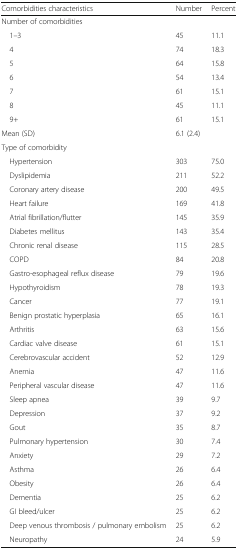
<table><thead><tr><td><b>Comorbidities characteristics</b></td><td><b>Number</b></td><td><b>Percent</b></td></tr></thead><tbody><tr><td colspan="3">Number of comorbidities</td></tr><tr><td> 1–3</td><td>45</td><td>11.1</td></tr><tr><td> 4</td><td>74</td><td>18.3</td></tr><tr><td> 5</td><td>64</td><td>15.8</td></tr><tr><td> 6</td><td>54</td><td>13.4</td></tr><tr><td> 7</td><td>61</td><td>15.1</td></tr><tr><td> 8</td><td>45</td><td>11.1</td></tr><tr><td> 9+</td><td>61</td><td>15.1</td></tr><tr><td>Mean (SD)</td><td>6.1 (2.4)</td><td></td></tr><tr><td colspan="3">Type of comorbidity</td></tr><tr><td> Hypertension</td><td>303</td><td>75.0</td></tr><tr><td> Dyslipidemia</td><td>211</td><td>52.2</td></tr><tr><td> Coronary artery disease</td><td>200</td><td>49.5</td></tr><tr><td> Heart failure</td><td>169</td><td>41.8</td></tr><tr><td> Atrial fibrillation/flutter</td><td>145</td><td>35.9</td></tr><tr><td> Diabetes mellitus</td><td>143</td><td>35.4</td></tr><tr><td> Chronic renal disease</td><td>115</td><td>28.5</td></tr><tr><td> COPD</td><td>84</td><td>20.8</td></tr><tr><td> Gastro-esophageal reflux disease</td><td>79</td><td>19.6</td></tr><tr><td> Hypothyroidism</td><td>78</td><td>19.3</td></tr><tr><td> Cancer</td><td>77</td><td>19.1</td></tr><tr><td> Benign prostatic hyperplasia</td><td>65</td><td>16.1</td></tr><tr><td> Arthritis</td><td>63</td><td>15.6</td></tr><tr><td> Cardiac valve disease</td><td>61</td><td>15.1</td></tr><tr><td> Cerebrovascular accident</td><td>52</td><td>12.9</td></tr><tr><td> Anemia</td><td>47</td><td>11.6</td></tr><tr><td> Peripheral vascular disease</td><td>47</td><td>11.6</td></tr><tr><td> Sleep apnea</td><td>39</td><td>9.7</td></tr><tr><td> Depression</td><td>37</td><td>9.2</td></tr><tr><td> Gout</td><td>35</td><td>8.7</td></tr><tr><td> Pulmonary hypertension</td><td>30</td><td>7.4</td></tr><tr><td> Anxiety</td><td>29</td><td>7.2</td></tr><tr><td> Asthma</td><td>26</td><td>6.4</td></tr><tr><td> Obesity</td><td>26</td><td>6.4</td></tr><tr><td> Dementia</td><td>25</td><td>6.2</td></tr><tr><td> GI bleed/ulcer</td><td>25</td><td>6.2</td></tr><tr><td> Deep venous thrombosis / pulmonary embolism</td><td>25</td><td>6.2</td></tr><tr><td> Neuropathy</td><td>24</td><td>5.9</td></tr></tbody></table>